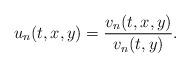
LaTeX: \begin{align*}u_n(t,x,y)=\frac{v_n(t,x,y)}{v_n(t,y)}.\end{align*}